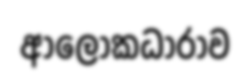
ආලෝකධාරාව